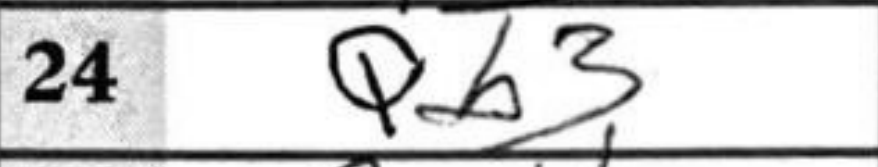
Transcription: Qb3